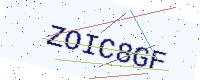
Text: ZOIC8GF